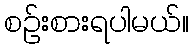
စဉ်းစားရပါမယ်။